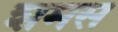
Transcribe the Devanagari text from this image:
शमस